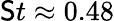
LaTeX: \mathsf{S}t\approx0.48